Vital statistics of India. Vol. IV, Annual returns from 1871 to 1876. British Army of India, Native Army and jails of Bengal
Year: 1871
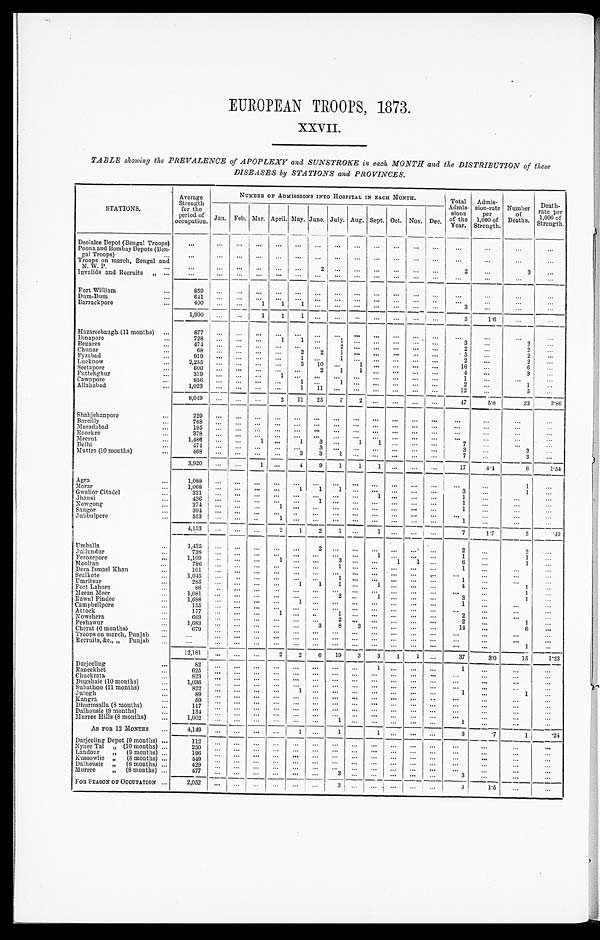
TABLE showing the PREVALENCE of APOPLEXY and SUNSTROKE in each MONTH and the DISTRIBUTION of these
DISEASES by STATIONS and PROVINCES.
STATIONS.
Average
Strength
for the
period of
occupation.
NUMBER OF ADMISSIONS INTO HOSPITAL IN EACH MONTH.
Total
Admis-
sions
of the
Year.
Admis-
sion-rate
per
1,000 of
Strength.
Number
of
Deaths.
Death-
rate per
1 000 of strength.
Jan. Feb. Mar. April. May. June. July. Aug. Sept. Oct. Nov. Dec.
Deolalee Depot (Bengal Troops)
. . .
. . .
. . . . . .
. . .
. . .
. . .
. . .
. . .
. . .
. . .
. . .
. . .
. . .
. . .
. . . . . .
Poona, and Bombay Depots (Ben-
gal Troops) . . .
. . . . . .
. . .
. . .
. . .
. . .
. . .
. . .
. . .
. . .
. . .
. . .
. . .
. . .
. . .
. . .
. . .
Troops on march, Bengal and
N . W . P . . .
. . . . . .
. . .
. . .
. . .
. . .
2
. . .
. . .
. . .
. . . . . .
. . .
2
. . .
3
. . .
Invalids and Recruits
" . . .
. . . . . .
. . .
. . .
. . .
. . .
. . .
. . .
. . .
. . .
. . .
. . .
. . .
. . .
. . .
. . .
. . .
Fort William . . .
859
. . .
. . .
. . . . . . . . .
. . .
. . .
. . .
. . .
. . .. . .
. . .
. . .
. . .
. . .
. . .
Dum-Dum . . .
641
. . .
. . .
. . .
. . .
. . .
. . .
. . .
. . .
. . .
. . . . . .
. . .
. . .
. . .
. . .
. . .
Barrackpore . . .
400
. . .
. . .
1
1
1
. . .
. . .
. . .
. . .
. . .
. . .
. . .
3
. . .
. . .
. . .
1,900
. . .
. . .
1
1
1
. . .
. . .
. . .
. . .
. . .
. . .
. . .
3
1.6
. . .
. . .
Hazareebaugh (11 months) . . .
877
. . .
. . .
. . .
. . .
. . .
. . .
. . .. . .
. . .
. . .
. . .
. . .
. . .
. . .
. . .
. . .
Dinapore . . .
7 2 8
. . .
. . .
. . .
1
1
. . .
1
. . .
. . .
. . .
. . . . . .
3
. . .
2
. . .
Benares . . .
474
. . .
. . .
. . .
. . .
. . .
. . .
2 . . .
. . .
. . .
. . .
. . .
2
. . .
2
. . .
Chunar . . .
68
. . .
. . . . . .
. . .
2
2
1 . . .
. . .
. . .
. . .
. . .
5
. . .
2
. . .
F y z a b a d . . .
919
. . .
. . .
. . .. . .
1
. . .
1 . . .
. . .
. . .
. . .
. . .
2
. . .
2
. . .
Lucknow . . .
2,255
. . .
. . .
. . .
. . .
5
10
. . .
1
. . .
. . .
. . .
. . .
16
. . .
6
. . .
Seetapore . . .
600
. . .
. . .
. . . . . .
. . .
2
1
1
. . .
. . .
. . .
. . .
4
. . .
3
. . .
Futtehghur . . .
3 1 9
. . .
. . .
. . .
1
. . .
. . .
. . .
. . .
. . .
. . .
. . .
. . .
1
. . .
. . .
. . .
Cawnpore . . .
8 5 6
. . .
. . .
. . .
. . .
1
. . .
1
. . .
. . .
. . .
. . .
. . .
2
. . .
1
. . .
Allahabad . . .
1,023
. . .
. . .
. . .
. . .
1
11
. . .
. . .
. . .
. . .
. . .
. . .
12
. . .
5
. . .
8,049
. . .
. . .
. . .
2
11
25
7
2
. . .
. . . . . .
. . .
47
5.8
23
2.86
Shahjehanpore . . .
229
. . .
. . .
. . .
. . .
. . .
. . .
. . .
. . .
. . .
. . .
. . .
. . .
. . .
. . .
. . .
. . .
B a r e i l l y . . .
768
. . .
. . .
. . .
. . .
. . .
. . .
. . . . . .
. . .
. . . . . .
. . . . . .
. . .
. . .
. . .
M o r a d a b a d . . .
195
. . .
. . .
. . .
. . .
. . .
. . .
. . .
. . .
. . .
. . .
. . .
. . .
. . .
. . .
. . .
. . .
R o o r k e e . . .
378
. . .
. . .
. . .
. . .
. . .
. . .
. . .
. . .
. . .
. . . . . .
. . .
. . .
. . .
. . .
. . .
Meerut . . .
1,486
. . .
. . .
1
. . .
1
3
. . .
1
1
. . .
. . .
. . .
7
. . .
. . .
. . .
Delhi . . .
474
. . .
. . .
. . .
. . .
. . .
3
. . .
. . .
. . .
. . . . . .
. . .
3
. . .
3
. . .
Muttra (10 months) . . .
4 6 8
. . .
. . .
. . . . . .
3
3
1
. . .
. . .
. . .
. . .
. . .
7
. . .
3
. . .
3,920
. . .
. . .
1
. . .
4
9
1
1
1
. . . . . .
. . .
17
4 . 4
6
1.54
A g r a . . .
1,088
. . .
. . .
. . . . . .
. . .
. . .
. . .. . .
. . .
. . .
. . .
. . .
. . .
. . .
1
. . .
Morar . . .
1,068
. . .
. . .
. . . . . .
1
1
1 . . .
. . .
. . .
. . .
. . .
3
. . .
1
. . .
Gwalior Citadel . . .
321
. . .
. . .
. . .
. . .
. . .
. . .
. . .
. . .
. . .
. . . . . .
. . .
1
. . .
. . .
. . .
Jhansi . . .
436
. . .
. . .
. . . . . . . . .
. . .
1
. . .
. . .
. . . . . .
. . .
1
. . .
. . .
. . .
Nowgong . . .
2 7 4
. . .
. . .
. . . 1
. . .
. . .
. . .
. . .
. . .
. . .
. . .
. . .
1
. . .
. . .
. . .
Saugor . . .
394
. . .
. . .
. . . . . . . . .
. . .
. . .
. . .
. . .
. . .
. . .
. . .
. . .
. . .
. . .
. . .
Jubbulpore
553
. . .
. . .
. . .
. . . . . .
. . .
. . .
. . .
. . .
. . . . . .
. . .
1
. . .
. . .
. . .
4 , 1 3 3 . . .
. . .
. . .
2
1 2
1
. . .
1
. . . . . .
. . .
7
1 . 7
2
.49
Umballa
1,435
. . .
. . .
. . .
. . .
. . .
2
. . . . . .
. . .
. . .
. . .
. . .
2
. . .
2
. . .
Jullundur . . .
738
. . .
. . .
. . .
. . .
. . .
. . .
. . .
. . .
1
. . . . . .
. . .
1
. . .
1
. . .
Ferozepore . . .
1,109
. . .
. . .
. . .
1
. . .
. . .
3
. . .
. . .
. . . . . .
. . .
6
. . .
1
. . .
Mooltan . . .
786
. . .
. . .
. . .
. . .. . .
. . .
1 . . .
. . .
. . . . . .
. . .
1
. . .
. . .
. . .
D e r a I s m a e l K h a n . . .
1 0 1
. . .
. . .
. . .
. . .
. . .
. . .
. . .
. . .
. . .
. . . . . .
. . .
. . .
. . .
. . .
. . .
Se a l kot e . . .
1,045
. . .
. . .
. . .
. . .
. . .
. . .
1
. . .
. . .
. . .
. . .
. . .
1
. . .
. . .
. . .
Umritsur . . .
285
. . .
. . .
. . .
. . .
1
1
1
. . .
1
. . .
. . .
. . .
4
. . .
1
. . .
Fort Lahore . . .
86
. . .
. . .
. . .
. . .
. . .
. . .
. . . . . .
. . .
. . .
. . .
. . .
. . .
. . .
1
. . .
Meean Meer ...
1,081
. . .
. . .
. . .
. . .. . .
. . .
2
. . .
1
. . .
. . .
. . .
3
. . .
1
. . .
Rawul Pindee . . .
1,688
. . .
. . .
. . .
. . . . . .
. . .
. . . . . .
. . .
. . . . . .
. . .
1
. . .
. . .
. . .
Campbellpore . . .
155
. . .
. . .
. . . . . . . . .
. . .
. . . . . .
. . .
. . .
. . .
. . .
. . .
. . .
. . .
. . .
Attock . . .
1 7 7
. . .
. . .
. . .
1
. . .
. . .
1 . . .
. . .
. . . . . .
. . .
2
. . .
. . .
. . .
Nowshera . . .
6 6 9
. . .
. . .
. . .
. . .. . .
. . .
2
. . .
. . .
. . . . . .
. . .
2
. . .
1
. . .
Peshawur . . .
1 , 6 8 3
. . .
. . .
. . .
. . .. . .
3
8
3
. . .
. . . . . .
. . .
1 4
. . .
6
. . .
Chest (6 months) . . .
6 7 9
. . .
. . .
. . .
. . . . . .
. . .
. . . . . .
. . .
. . . . . .
. . .
. . .
. . .
. . .
. . .
Troops on march, Punjab . . .
. . . . . .
. . .
. . .
. . .
. . .
. . .
. . .
. . .
. . .
. . .
. . .
. . .
. . .
. . .
. . .
. . .
Recruits, &c., " Punjab . . .
. . .
. . .
. . .
. . .
. . .
. . .
. . .
. . .
. . .
. . .
. . .
. . .
. . .
. . .
. . .
1
. . .
12,181
. . .
. . .
. . .
2
2
6
19
3
3
1
1
. . .
37
3.0
15
1.23
Darjeeling . . .
82
. . .
. . .
. . .
. . .
. . .
. . .
. . .
. . .
1
. . .
. . .
. . .
1
. . .
. . .. . .
Raneekhet . . .
625
. . .
. . .
. . . . . . . . .
. . .
. . .
. . .
. . .
. . .
. . .
. . .
. . .
. . .
. . .
. . .
C h u c k r a t a . . .
823
. . .
. . .
. . . . . .
. . .
. . .
. . .
. . .
. . .
. . .
. . .
. . .
. . .
. . .
. . .
. . .
Dugshaie (10 months) . . .
1 , 0 3 6
. . .
. . .
. . . . . . . . .
. . .
. . .
. . .
. . .
. . . . . .
. . .
. . .
. . .
. . .
. . .
Subathoo (11 months) . . .
8 2 2
. . .
. . .
. . . . . . 1
. . .
. . .
. . .
. . .
. . . . . .
. . .
1
. . .
1
. . .
Jutogh . . .
89
. . .
. . .
. . . . . . . . .
. . .
. . .
. . .
. . .
. . . . . .
. . .
. . .
. . .
. . .
. . .
K a n g r a . . .
50
. . .
. . .
. . . . . .
. . .
. . .
. . .
. . .
. . .
. . .
. . .
. . .
. . .
. . .
. . .
. . .
Dhurmsalla (8 months) . . .
117
. . .
. . .
. . . . . . . . .
. . .
. . .
. . .
. . .
. . . . . .
. . .
. . .
. . .
. . .
. . .
Dalhousie (8 months) . . .
134
. . .
. . .
. . . . . . . . .
. . .
. . .
. . .
. . .
. . . . . .
. . .
. . .
. . .
. . .
. . .
Murree Hills (8 months) . . .
1,002
. . .
. . .
. . .
. . .
. . .
. . .
1
. . .
. . .
. . .
. . .
. . .
1
. . .
. . .
. . .
AS FOR 12 MONTHS . . .
4,149
. . .
. . .
. . . . . .
1
. . .
1
1
. . . . . .
. . .
3
. 7
1
2 4
Darjeeling Depot (9 months) ...
1 1 2
. . .
. . .
. . . . . .
. . .
. . .
. . . . . .
. . .
. . .
. . .
. . .
. . .
. . .
. . . . . .
Nynee Tal " (10 months) . . .
250
. . .
. . .
. . .
. . .
. . .
. . .
. . .
. . .
. . .
. . .
. . .
. . .
. . .
. . .
. . .
. . .
Landour " (9 months) . . .
196
. . .
. . .
. . . . . . . . .
. . .
. . . . . .
. . .
. . . . . .
. . .
. . .
. . .
. . .
. . .
Kussowlie " (8 months) . . .
449
. . .
. . .
. . .
. . .
. . .
. . .
. . .
. . .
. . .
. . .
. . .
. . .
. . .
. . .
. . .
. . .
Dalhousie " (8 months) . . .
429
. . .
. . .
. . .
. . .
. . .
. . .
. . .
. . .
. . .
. . .
. . .
. . .
. . .
. . .
. . .
. . .
Murree " (8 months) . . .
477
. . .
. . .
. . .
. . .
. . .
. . .
3 . . .
. . .
. . . . . .
. . .
3
. . .
. . .
. . .
FOR SEASON OF OCCUPATION . . .
2,052
. . .
. . .
. . .
. . .
. . .
. . .
3 . . .
. . .
. . .
. . .
. . .
3
1.5
. . . . . .